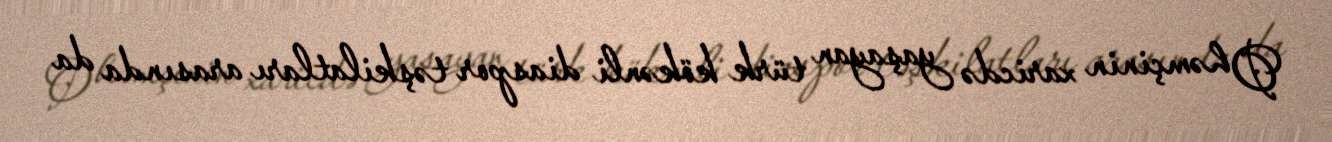
O həmçinin xaricdə yaşayan türk kökənli diaspor təşkilatları arasında da